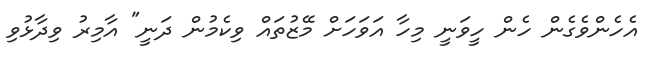
އެހެންވެގެން ހެން ހީވަނީ މިހާ އަވަހަށް މޭޒުތައް ވިކެމުން ދަނީ" އާމިރު ވިދާޅުވި